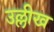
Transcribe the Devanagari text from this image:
उल्लीख